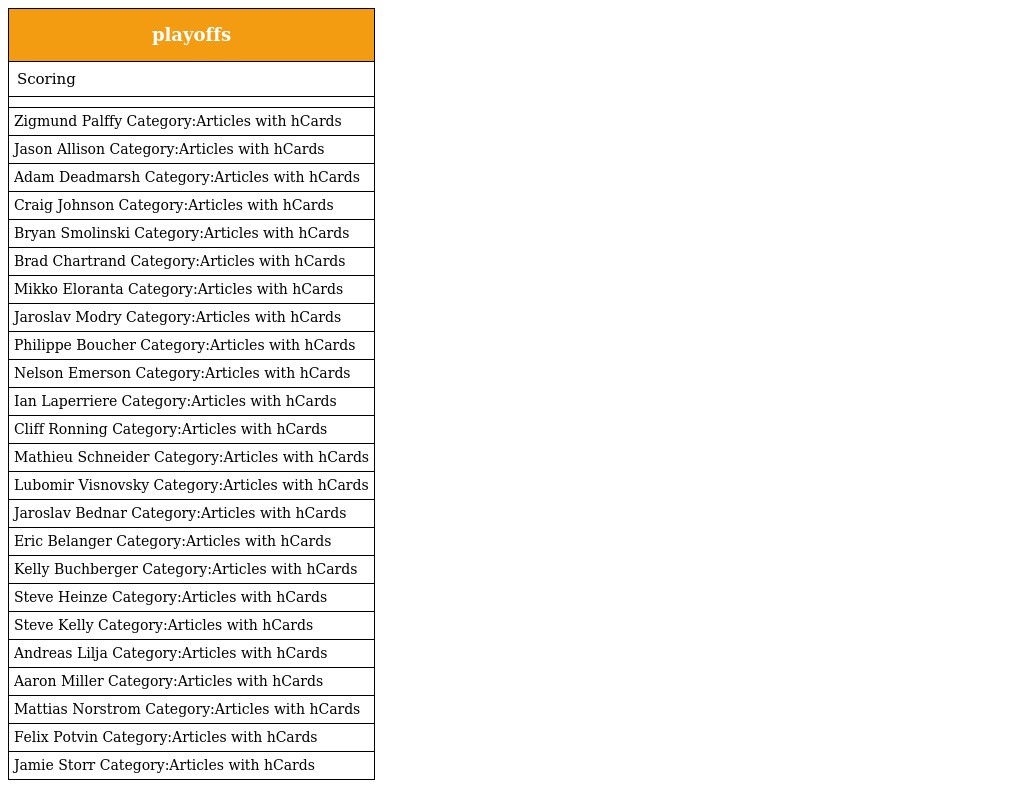
| playoffs |
 | --- |
 | Scoring |
 |  |
 | Zigmund Palffy Category:Articles with hCards |
 | Jason Allison Category:Articles with hCards |
 | Adam Deadmarsh Category:Articles with hCards |
 | Craig Johnson Category:Articles with hCards |
 | Bryan Smolinski Category:Articles with hCards |
 | Brad Chartrand Category:Articles with hCards |
 | Mikko Eloranta Category:Articles with hCards |
 | Jaroslav Modry Category:Articles with hCards |
 | Philippe Boucher Category:Articles with hCards |
 | Nelson Emerson Category:Articles with hCards |
 | Ian Laperriere Category:Articles with hCards |
 | Cliff Ronning Category:Articles with hCards |
 | Mathieu Schneider Category:Articles with hCards |
 | Lubomir Visnovsky Category:Articles with hCards |
 | Jaroslav Bednar Category:Articles with hCards |
 | Eric Belanger Category:Articles with hCards |
 | Kelly Buchberger Category:Articles with hCards |
 | Steve Heinze Category:Articles with hCards |
 | Steve Kelly Category:Articles with hCards |
 | Andreas Lilja Category:Articles with hCards |
 | Aaron Miller Category:Articles with hCards |
 | Mattias Norstrom Category:Articles with hCards |
 | Felix Potvin Category:Articles with hCards |
 | Jamie Storr Category:Articles with hCards |